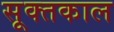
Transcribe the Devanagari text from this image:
सूक्तकाल